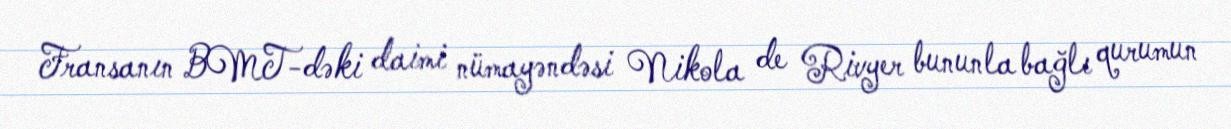
Fransanın BMT-dəki daimi nümayəndəsi Nikola de Rivyer bununla bağlı qurumun